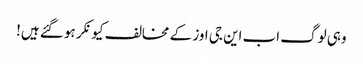
وہی لوگ اب این جی اوز کے مخالف کیونکر ہو گئے ہیں!